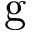
\mathrm { g }